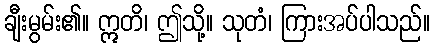
ချီးမွမ်း၏။ ဣတိ၊ ဤသို့။ သုတံ၊ ကြားအပ်ပါသည်။